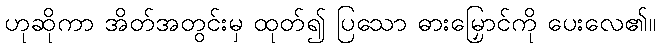
ဟုဆိုကာ အိတ်အတွင်းမှ ထုတ်၍ ပြသော ဓားမြှောင်ကို ပေးလေ၏။